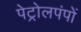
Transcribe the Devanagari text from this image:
पेट्रोलपंपों